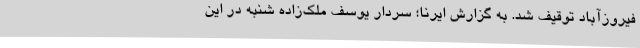
فیروزآباد توقیف شد. به گزارش ایرنا؛ سردار یوسف ملک‌زاده شنبه در این